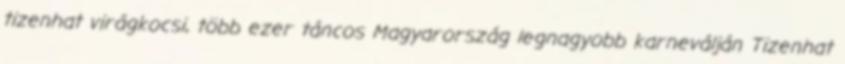
tizenhat virágkocsi, több ezer táncos Magyarország legnagyobb karneválján Tizenhat